38_143685_box_Incident_Summaries_101-172
Agency: Department of War
Page 69
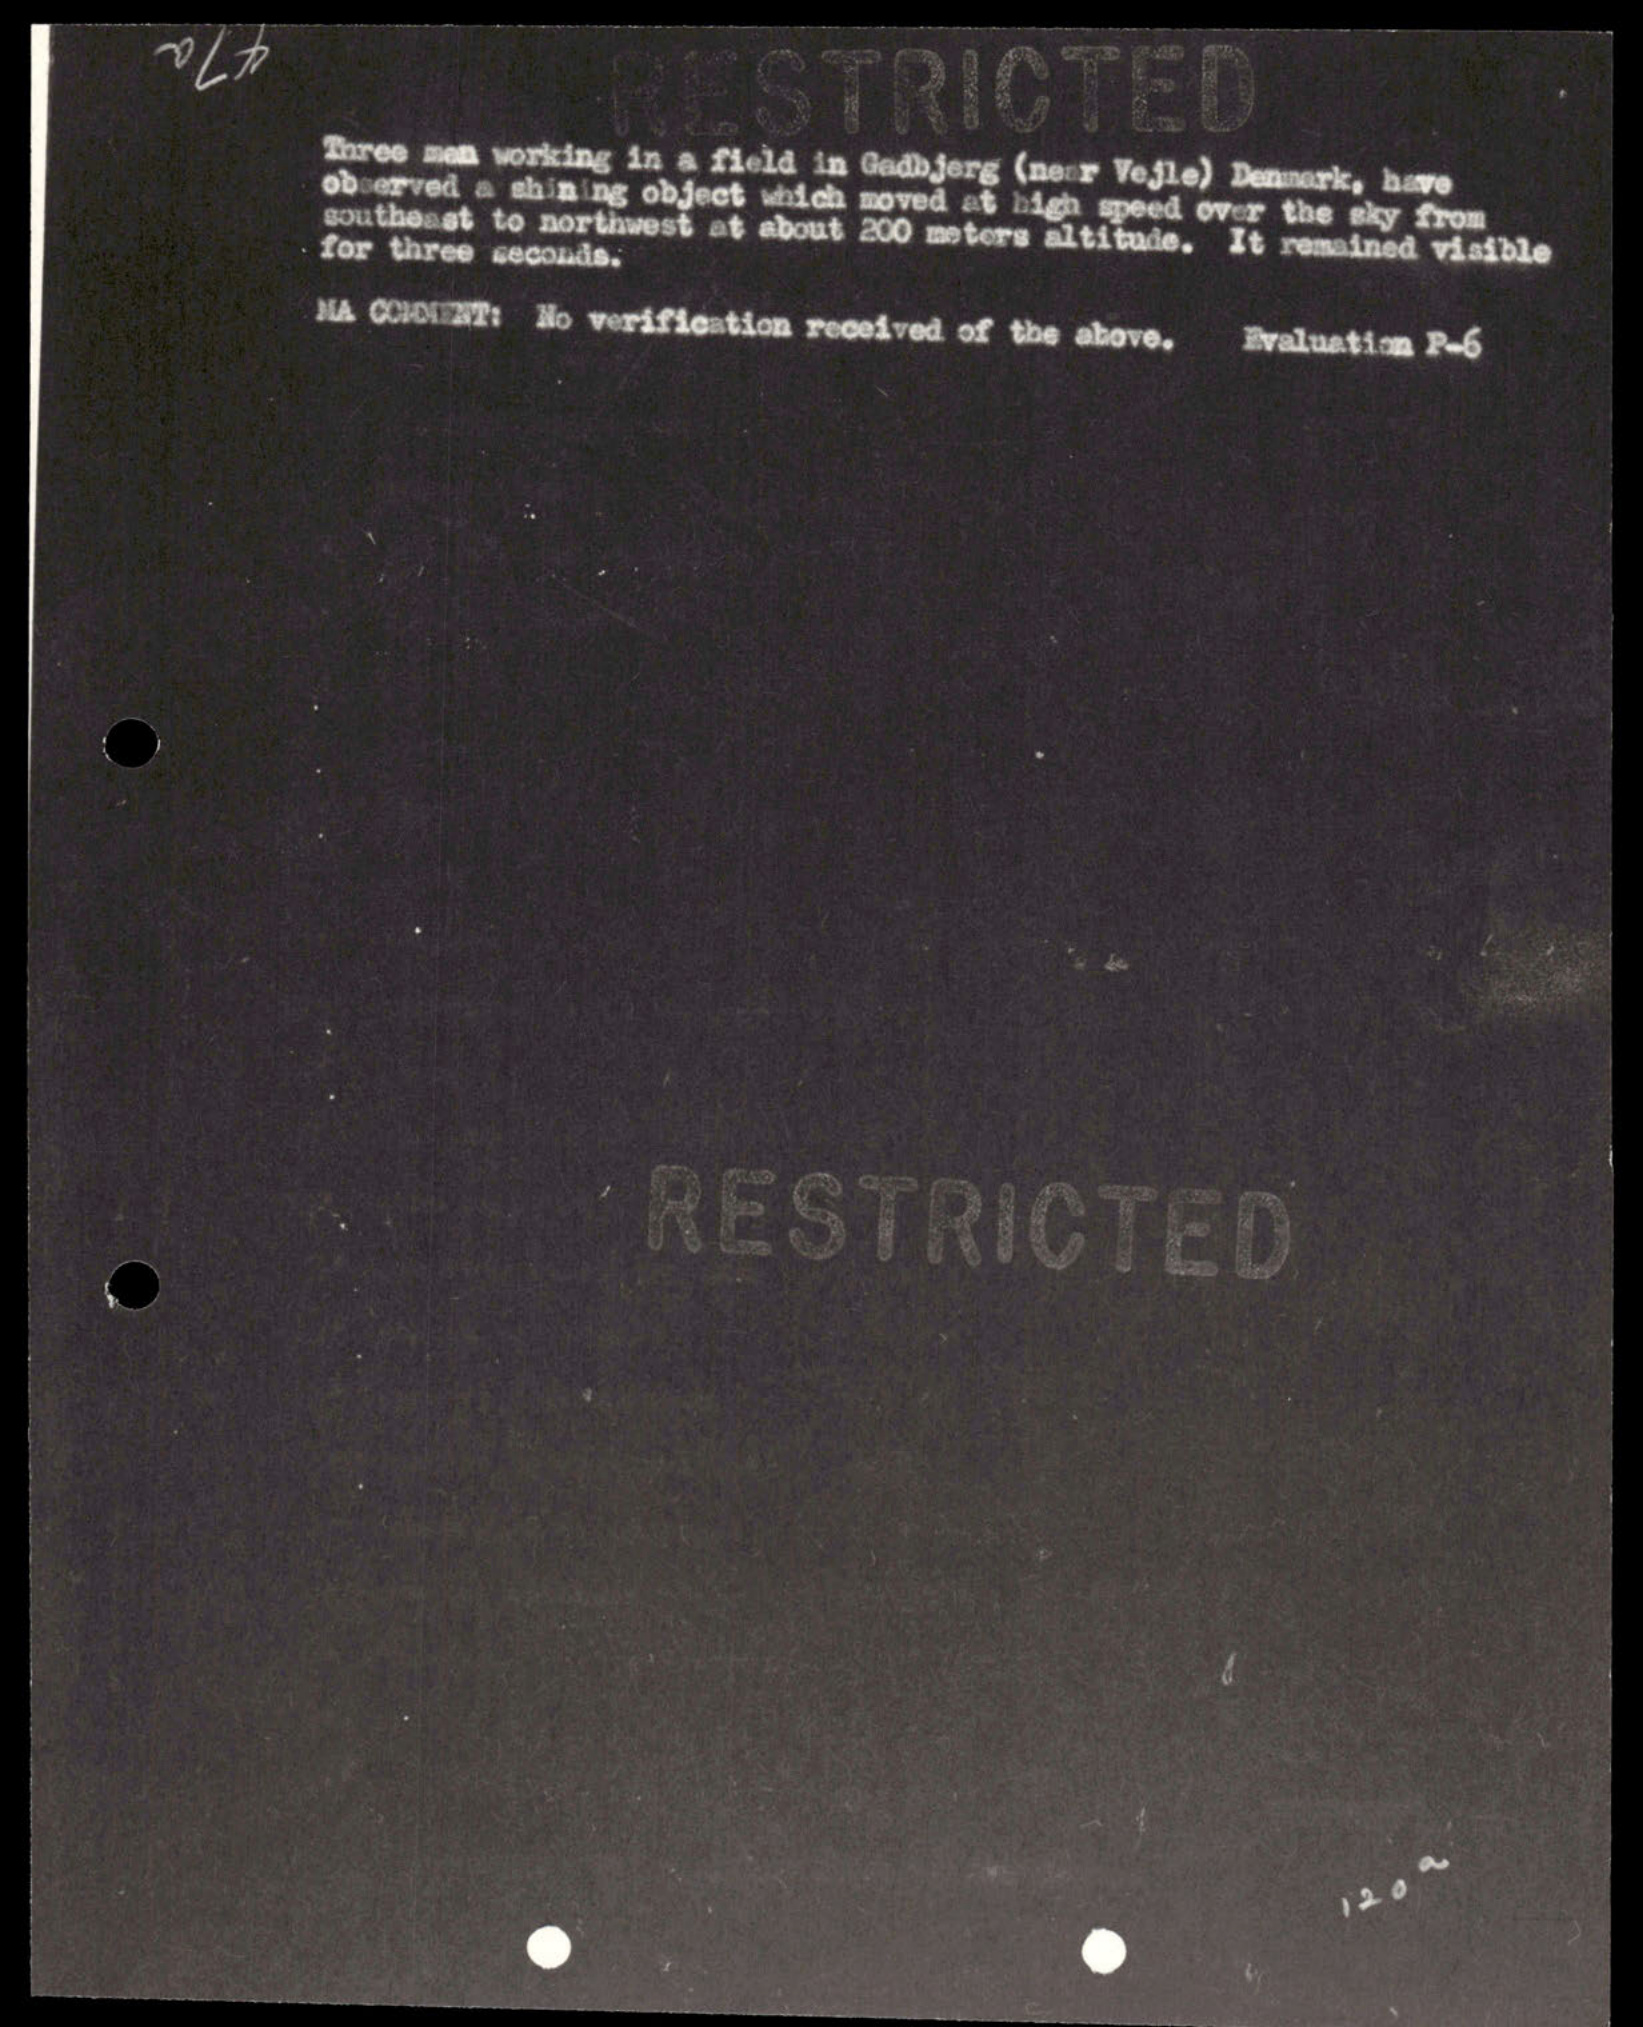